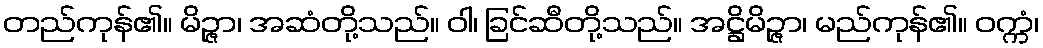
တည်ကုန်၏။ မိဉ္ဇာ၊ အဆံတို့သည်။ ဝါ၊ ခြင်ဆီတို့သည်။ အဋ္ဌိမိဉ္ဇာ၊ မည်ကုန်၏။ ဝက္ကံ၊